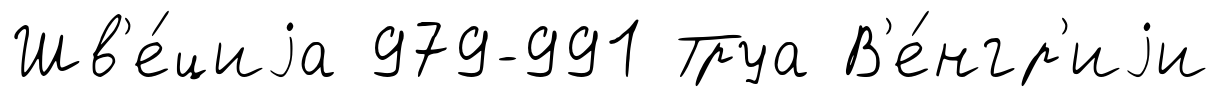
Шв'е́циjа 979-991 Труа В'е́нгр'иjи